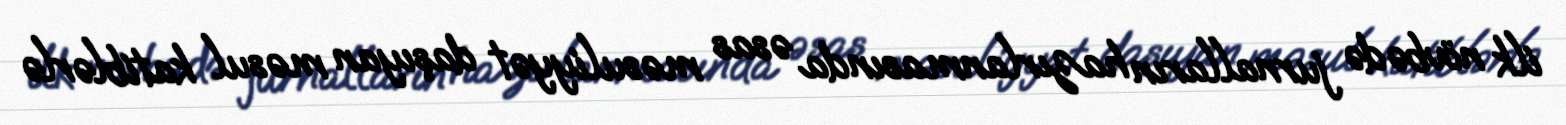
ilk növbədə jurnalların hazırlanmasında əsas məsuliyyət daşıyan məsul katiblərlə